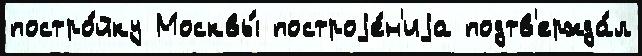
постро́йку Москвы́ построjе́н'иjа подтв'ержда́л